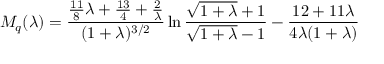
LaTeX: M _ { q } ( \lambda ) = { \frac { { \frac { 1 1 } { 8 } } \lambda + { \frac { 1 3 } { 4 } } + { \frac { 2 } { \lambda } } } { ( 1 + \lambda ) ^ { 3 / 2 } } } \ln { \frac { \sqrt { 1 + \lambda } + 1 } { \sqrt { 1 + \lambda } - 1 } } - { \frac { 1 2 + 1 1 \lambda } { 4 \lambda ( 1 + \lambda ) } }